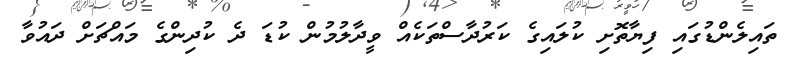
ތައިލެންޑުގައި ފިޔާތޮށި ކުލައިގެ ކަރުދާސްތަކެއް ވީދާލުމުން ކުޑަ ދެ ކުދިންގެ މައްޗަށް ދައުވާ